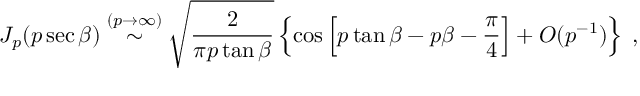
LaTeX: J _ { p } ( p \sec \beta ) \stackrel { ( p \rightarrow \infty ) } { \sim } \sqrt { \frac { 2 } { \pi p \tan \beta } } \left\{ \cos \left[ p \tan \beta - p \beta - \frac { \pi } { 4 } \right] + O ( p ^ { - 1 } ) \right\} \; ,